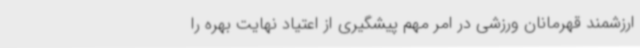
ارزشمند قهرمانان ورزشی در امر مهم پیشگیری از اعتیاد نهایت بهره را